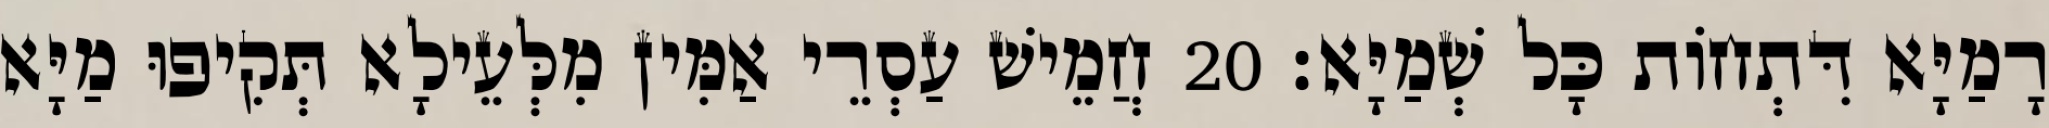
רָמַיָּא דִּתְחוֹת כָּל שְׁמַיָּא׃ 20 חֲמֵישׁ עַסְרֵי אַמִּין מִלְּעֵילָא תְּקִיפוּ מַיָּא